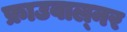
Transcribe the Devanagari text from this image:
फ्राउवाल्नर